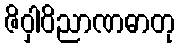
ဇိဝှါဝိညာဏဓာတု